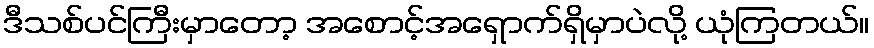
ဒီသစ်ပင်ကြီးမှာတော့ အစောင့်အရှောက်ရှိမှာပဲလို့ ယုံကြတယ်။